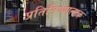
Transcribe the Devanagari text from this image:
प्रतिनिध्यात्मक